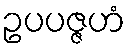
ဥပပဇ္ဇဟံ